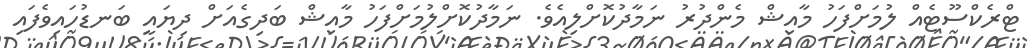
ޓްރެކްސޫޓެއް ލުމަށްފަހު މާއިޝް މެންދުރު ނަމާދުކޮށްލިއެވެ. ނަމާދުކޮށްލުމަށްފަހު މާއިޝް ބަދިގެއަށް ދިޔައީ ބަނޑުހައިވެފައި